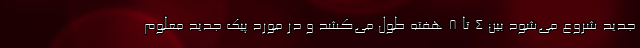
جدید شروع می‌شود بین ۴ تا ۸ هفته طول می‌کشد و در مورد پیک جدید معلوم